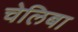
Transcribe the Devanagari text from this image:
चेलिबा